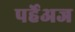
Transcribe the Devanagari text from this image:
पर्हेअज